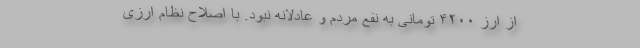
از ارز ۴۲۰۰ تومانی به نفع مردم و عادلانه نبود. با اصلاح نظام ارزی